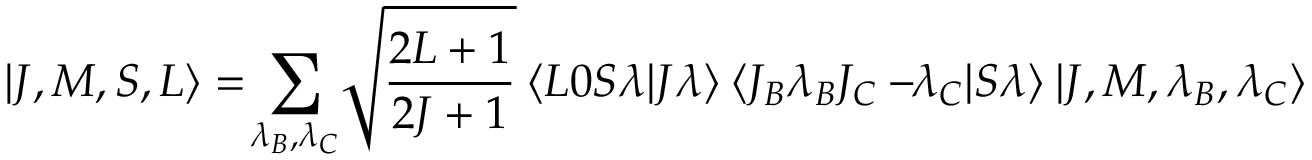
| J , M , S , L \rangle = \! \sum _ { \lambda _ { B } , \lambda _ { C } } \! \sqrt { \frac { 2 L + 1 } { 2 J + 1 } } \: \langle L 0 S \lambda | J \lambda \rangle \: \langle J _ { B } \lambda _ { B } J _ { C } - \! \! \lambda _ { C } | S \lambda \rangle \: | J , M , \lambda _ { B } , \lambda _ { C } \rangle